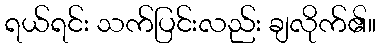
ရယ်ရင်း သက်ပြင်းလည်း ချလိုက်၏။